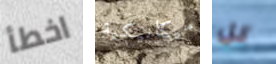
اخطأ ميكانيكية كل